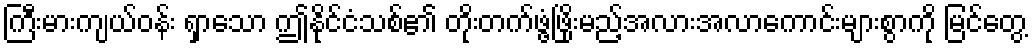
ကြီးမားကျယ်ဝန်း ရှာသော ဤနိုင်ငံသစ်၏ တိုးတက်ဖွံ့ဖြိုးမည့်အလားအလာကောင်းများစွာကို မြင်တွေ့